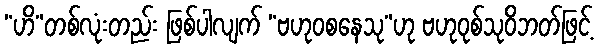
“ဟိ”တစ်လုံးတည်း ဖြစ်ပါလျက် “ဗဟုဝစနေသု”ဟု ဗဟုဝုစ်သုဝိဘတ်ဖြင့်